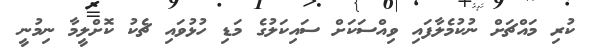
ކުރި މައްޗަށް ނުކުމެލާފައި ވިއްސަކަށް ސައިކަލުގެ މަޑި ހުޅުވައި ޗެކު ކޮށްލީމާ ނިމުނީ